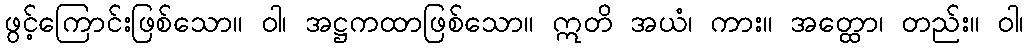
ဖွင့်ကြောင်းဖြစ်သော။ ဝါ၊ အဋ္ဌကထာဖြစ်သော။ ဣတိ အယံ၊ ကား။ အတ္ထော၊ တည်း။ ဝါ၊